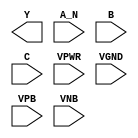
/**
 * Copyright 2020 The SkyWater PDK Authors
 *
 * Licensed under the Apache License, Version 2.0 (the "License");
 * you may not use this file except in compliance with the License.
 * You may obtain a copy of the License at
 *
 *     https://www.apache.org/licenses/LICENSE-2.0
 *
 * Unless required by applicable law or agreed to in writing, software
 * distributed under the License is distributed on an "AS IS" BASIS,
 * WITHOUT WARRANTIES OR CONDITIONS OF ANY KIND, either express or implied.
 * See the License for the specific language governing permissions and
 * limitations under the License.
 *
 * SPDX-License-Identifier: Apache-2.0
 */

`ifndef SKY130_FD_SC_MS__NAND3B_PP_BLACKBOX_V
`define SKY130_FD_SC_MS__NAND3B_PP_BLACKBOX_V

/**
 * nand3b: 3-input NAND, first input inverted.
 *
 * Verilog stub definition (black box with power pins).
 *
 * WARNING: This file is autogenerated, do not modify directly!
 */

`timescale 1ns / 1ps
`default_nettype none

(* blackbox *)
module sky130_fd_sc_ms__nand3b (
    Y   ,
    A_N ,
    B   ,
    C   ,
    VPWR,
    VGND,
    VPB ,
    VNB
);

    output Y   ;
    input  A_N ;
    input  B   ;
    input  C   ;
    input  VPWR;
    input  VGND;
    input  VPB ;
    input  VNB ;
endmodule

`default_nettype wire
`endif  // SKY130_FD_SC_MS__NAND3B_PP_BLACKBOX_V